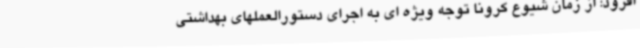
افزود: از زمان شیوع کرونا توجه ویژه ای به اجرای دستورالعملهای بهداشتی